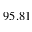
9 5 . 8 1